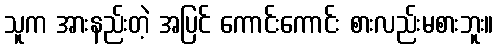
သူက အားနည်းတဲ့ အပြင် ကောင်းကောင်း စားလည်းမစားဘူး။